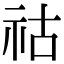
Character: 祜